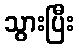
သွားပြီး